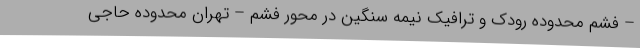
– فشم محدوده رودک و ترافیک نیمه سنگین در محور فشم – تهران محدوده حاجی